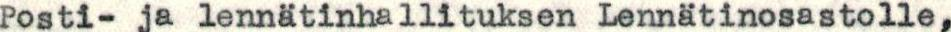
Posti- ja lennätinhallituksen Lennätinosastolle,